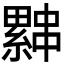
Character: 𰀨